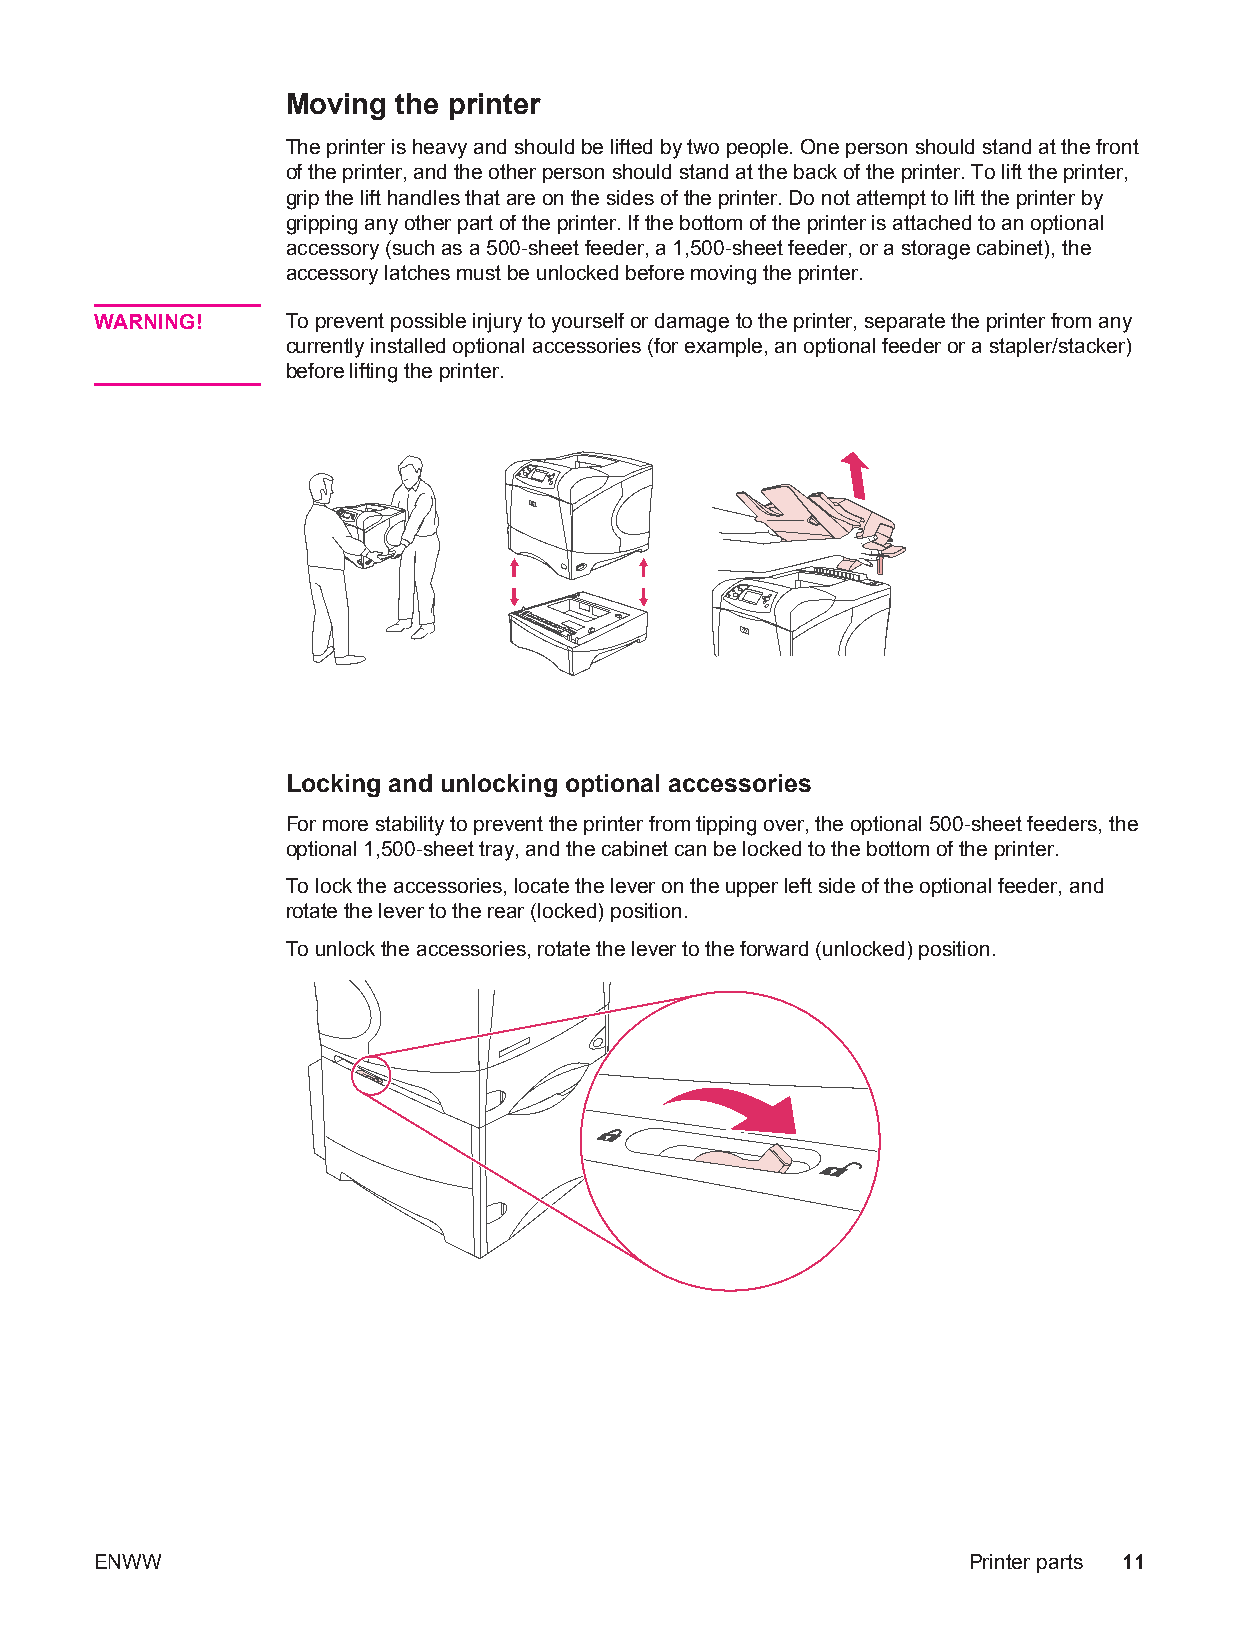
Moving the printer
 The printer is heavy and should be lifted by two people. One person should stand at the front
 of the printer, and the other person should stand at the back of the printer. To lift the printer,
 grip the lift handles that are on the sides of the printer. Do not attempt to lift the printer by
 gripping any other part of the printer. If the bottom of the printer is attached to an optional
 accessory (such as a 500-sheet feeder, a 1,500-sheet feeder, or a storage cabinet), the
 accessory latches must be unlocked before moving the printer.
 WARNING!     To prevent possible injury to yourself or damage to the printer, separate the printer from any
 currently installed optional accessories (for example, an optional feeder or a stapler/stacker)
 before lifting the printer.
 E N W W
 L
 Fo
 Tr
 T
 o c k
 o r mp
 tio n
 o lo co
 ta te
 o u n
 i n g a n d u n
 o r e s ta b ility toa
 l 1 ,5 0 0 - s h e e
 k th e a c c e s s o
 th e le v e r to th
 lo c k th e a c c e s
 l o c k i n g o p t i o n a l a c c e s s o r i e s
 p r e v e n t th e p r in te r fr o m tip p in g o v e r , th et
 tr a y , a n d th e c a b in e t c a n b e lo c k e d to th
 r ie s , lo c a te th e le v e r o n th e u p p e r le ft s ide
 r e a r ( lo c k e d ) p o s itio n .
 s o r ie s , r o ta te th e le v e r to th e fo r w a r d ( u n
 o p tio n a l 5 0 0 - s h e e t fe e d ee
 b o tto m o f th e p r in te r .
 e o f th e o p tio n a l fe e d e r , a
 lo c k e d ) p o s itio n .
 P r in te r p a r ts
 r s , th
 n d
 e
 1 1